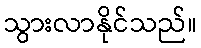
သွားလာနိုင်သည်။